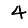
Digit: 4